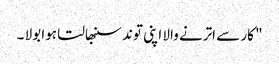
" کار سے اترنے والا اپنی توند سنبھالتا ہوا بولا ۔